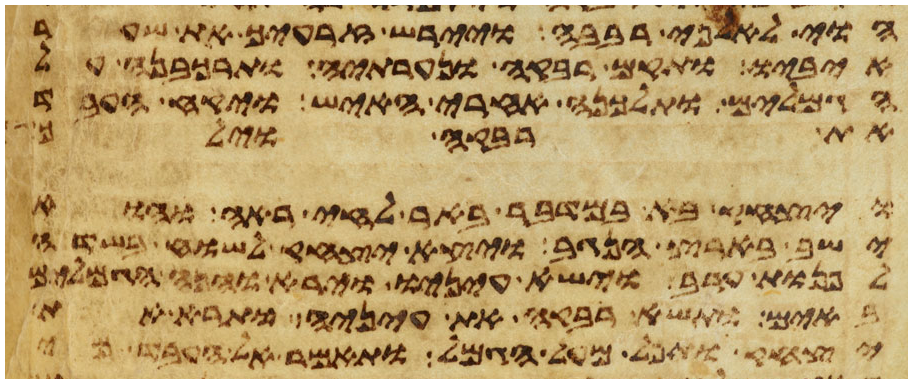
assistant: הוי לאלפי רבבה ויירש זרעיך את שער
איביו ותקם רבקה ונערתיה ותרכבנה על
הגמלים ותלכנה אחרי האיש ויקח העבד
את רבקה וילך
ויצחק בא במדבר באר לחי ראה והוא
ישב בארץ הנגב ויצא יצחק לשוח בשדה
לפנות ערב וישא עיניו וירא והנה הגמלים
באים ותשא רבקה את עיניה ותרא את
יצחק ותפל מעל הגמל ותאמר אל העבד מי